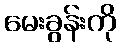
မေးခွန်းကို